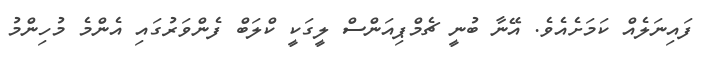
ފައިނަލެއް ކަމަށެއެވެ. އޭނާ ބުނީ ޗެމްޕިއަންސް ލީގަކީ ކްލަބް ފެންވަރުގައި އެންމެ މުހިންމު